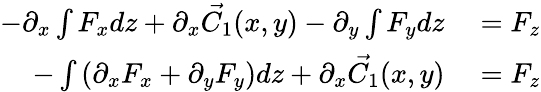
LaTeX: \begin{array}{rl}{-\partial_{x}\int F_{x}dz+\partial_{x}{\vec{C_{1}}}(x,y)-\partial_{y}\int F_{y}dz}&{{}=F_{z}}\\ {-\int\left(\partial_{x}F_{x}+\partial_{y}F_{y}\right)dz+\partial_{x}{\vec{C_{1}}}(x,y)}&{{}=F_{z}}\end{array}